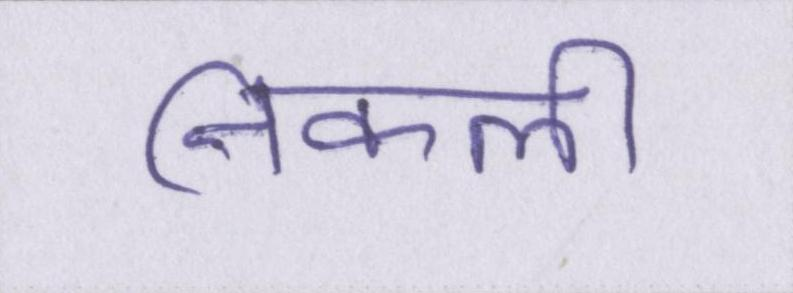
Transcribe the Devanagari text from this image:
निकली